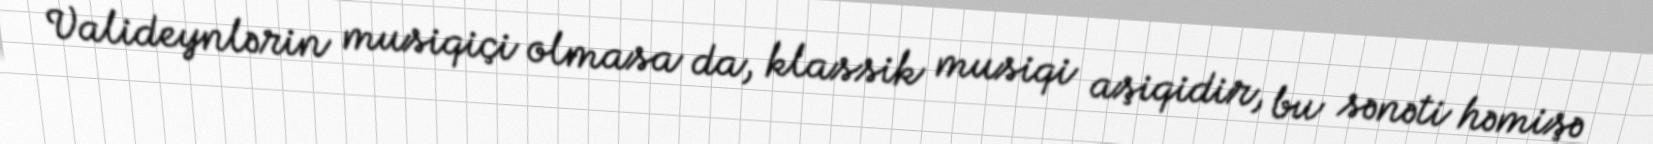
Valideynlərin musiqiçi olmasa da, klassik musiqi aşiqidir, bu sənəti həmişə